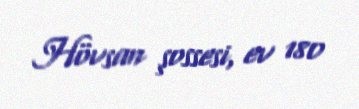
Hövsan şossesi, ev 180